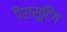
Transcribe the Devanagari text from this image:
पैरासूटिंग